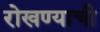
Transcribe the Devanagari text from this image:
रोखण्याची